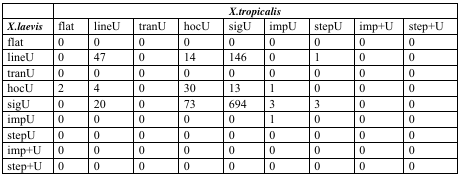
<table><thead><tr><td></td><td colspan="9"><b><i>X.tropicalis</i></b></td></tr></thead><tbody><tr><td><i><b>X.laevis</b></i></td><td>flat</td><td>lineU</td><td>tranU</td><td>hocU</td><td>sigU</td><td>impU</td><td>stepU</td><td>imp+U</td><td>step+U</td></tr><tr><td>flat</td><td>0</td><td>0</td><td>0</td><td>0</td><td>0</td><td>0</td><td>0</td><td>0</td><td>0</td></tr><tr><td>lineU</td><td>0</td><td>47</td><td>0</td><td>14</td><td>146</td><td>0</td><td>1</td><td>0</td><td>0</td></tr><tr><td>tranU</td><td>0</td><td>0</td><td>0</td><td>0</td><td>0</td><td>0</td><td>0</td><td>0</td><td>0</td></tr><tr><td>hocU</td><td>2</td><td>4</td><td>0</td><td>30</td><td>13</td><td>1</td><td>0</td><td>0</td><td>0</td></tr><tr><td>sigU</td><td>0</td><td>20</td><td>0</td><td>73</td><td>694</td><td>3</td><td>3</td><td>0</td><td>0</td></tr><tr><td>impU</td><td>0</td><td>0</td><td>0</td><td>0</td><td>0</td><td>1</td><td>0</td><td>0</td><td>0</td></tr><tr><td>stepU</td><td>0</td><td>0</td><td>0</td><td>0</td><td>0</td><td>0</td><td>0</td><td>0</td><td>0</td></tr><tr><td>imp+U</td><td>0</td><td>0</td><td>0</td><td>0</td><td>0</td><td>0</td><td>0</td><td>0</td><td>0</td></tr><tr><td>step+U</td><td>0</td><td>0</td><td>0</td><td>0</td><td>0</td><td>0</td><td>0</td><td>0</td><td>0</td></tr></tbody></table>